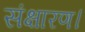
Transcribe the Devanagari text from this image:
संक्षारण।